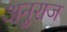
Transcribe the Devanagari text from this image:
अनुराज